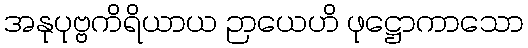
အနုပုဗ္ဗကိရိယာယ ဉာယေဟိ ဖုဋ္ဌောကာသော